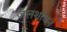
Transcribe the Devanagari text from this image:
जलशोधन